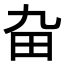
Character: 𤰚